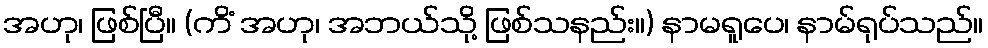
အဟု၊ ဖြစ်ပြီ။ (ကိံ အဟု၊ အဘယ်သို့ ဖြစ်သနည်း။) နာမရူပေ၊ နာမ်ရုပ်သည်။